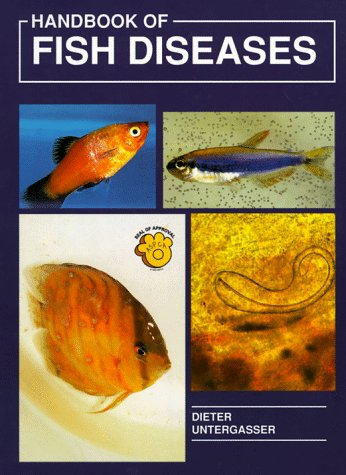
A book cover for Handbook of Fish Diseases; G. Untergasser; Crafts, Hobbies & Home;